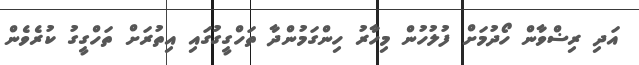
އަދި ރިޟްވާން ހޯދުމަށް ފުލުހުން މިހާރު ހިންގަމުންދާ ތަހްގީގުގައި އިތުރަށް ތަހްގީގު ކުރެވެން